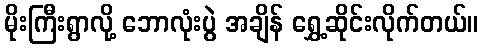
မိုးကြီးရွာလို့ ဘောလုံးပွဲ အချိန် ရွှေ့ဆိုင်းလိုက်တယ်။